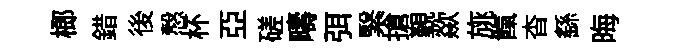
榔錯後慤杯亞磋疇弭繄搶覲歘旐餼杳繇晦